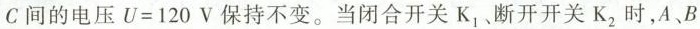
C间的电压$$U = 1 2 0 V$$保持不变。当闭合开关K_{1}。断开开关K_{2}时，A、B